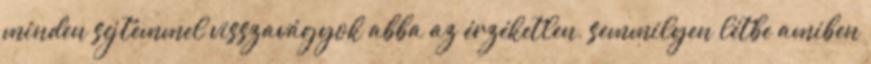
minden sejtemmel visszavágyok abba az érzéketlen, semmilyen létbe amiben